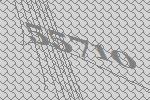
55710